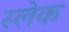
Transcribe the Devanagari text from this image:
स्लेक